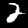
Label: 2